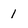
Character: 1